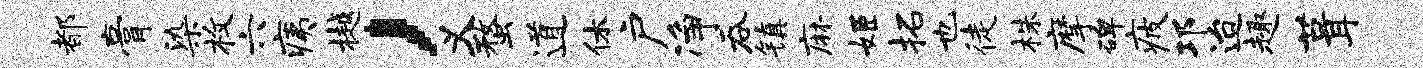
都膏染枚六痍樾，义蝥道休户净吞镇麻姬拓也徒株摩碑疲邛迨趣葺